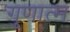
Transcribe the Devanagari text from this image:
गुणात्म